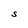
Character: S